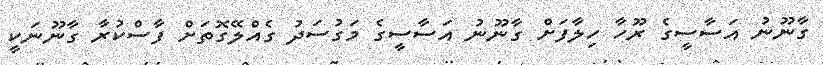
ގާނޫނު އަސާސީގެ ރޫހާ ހިލާފަށް ގާނޫނު އަސާސީގެ މަގުސަދު ގެއްލޭގޮތަށް ފާސްކުރާ ގާނޫނަކީ